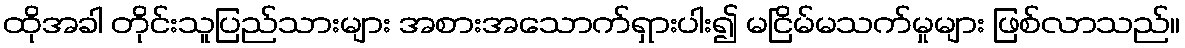
ထိုအခါ တိုင်းသူပြည်သားများ အစားအသောက်ရှားပါး၍ မငြိမ်မသက်မှုများ ဖြစ်လာသည်။